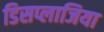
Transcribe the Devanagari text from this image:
डिसप्लाजिया